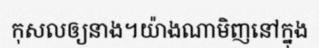
កុសលឲ្យនាង។យ៉ាងណាមិញនៅក្នុង